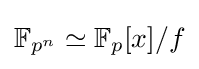
\mathbb {F} _{p^{n}}\simeq \mathbb {F} _{p}[x]/f